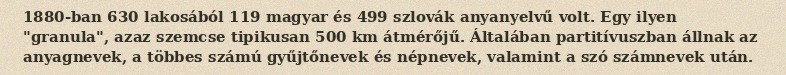
1880-ban 630 lakosából 119 magyar és 499 szlovák anyanyelvű volt. Egy ilyen "granula", azaz szemcse tipikusan 500 km átmérőjű. Általában partitívuszban állnak az anyagnevek, a többes számú gyűjtőnevek és népnevek, valamint a szó számnevek után.